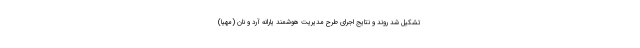
تشکیل شد روند و نتایج اجرای طرح مدیریت هوشمند یارانه آرد و نان (مهیا)